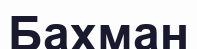
Бахман